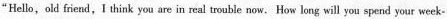
"Hello, old friend, I think you are in real trouble now. How long will you spend your week-